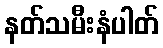
နတ်သမီးနံပါတ်